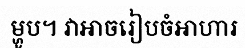
ម្ហូប។ វាអាចរៀបចំអាហារ